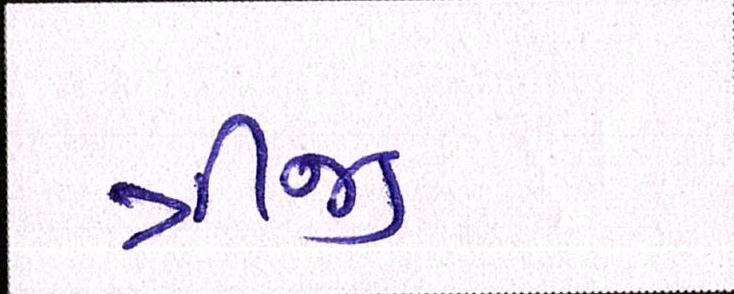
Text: ત્રીજી